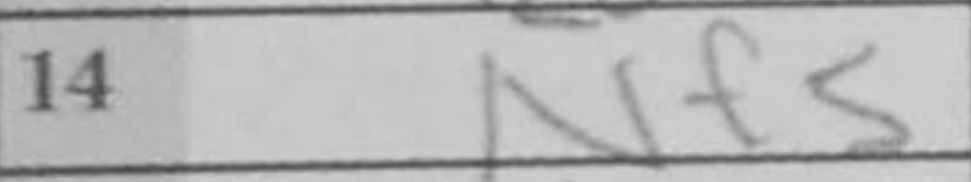
Transcription: Nf5